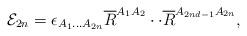
LaTeX: \begin{align*}{\cal E}_{2n}=\epsilon _{A_{1}...A_{2n}}\overline{R}^{A_{1}A_{2}}\cdot \cdot \overline{R}^{A_{2nd-1}A_{2n}}, \end{align*}